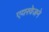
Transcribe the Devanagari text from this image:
एयरवेजने